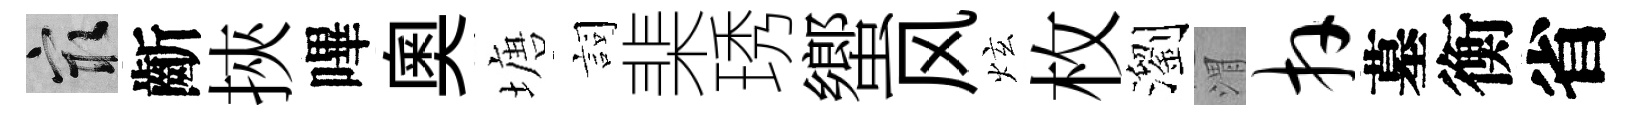
冣齗挾嗶奥塘詞棐琇蠁风炫枚瀏渭卉墓衡省